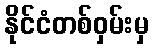
နိုင်ငံတစ်ဝှမ်းမှ